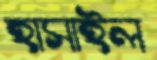
হাসাইল